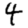
Digit: 4